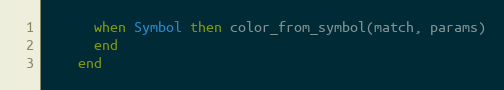
Language: Ruby
      when Symbol then color_from_symbol(match, params)
      end
    end